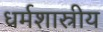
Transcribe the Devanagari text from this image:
धर्मशास्रीय